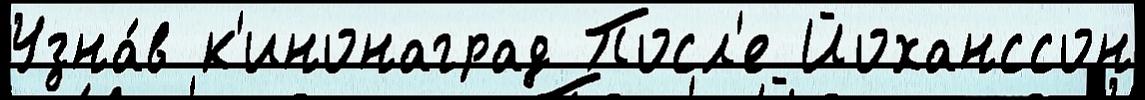
Узна́в к'инонаград Посл'е Йоханссон